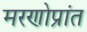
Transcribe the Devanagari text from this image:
मरणोप्रांत